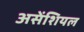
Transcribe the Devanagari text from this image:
असेंशियल